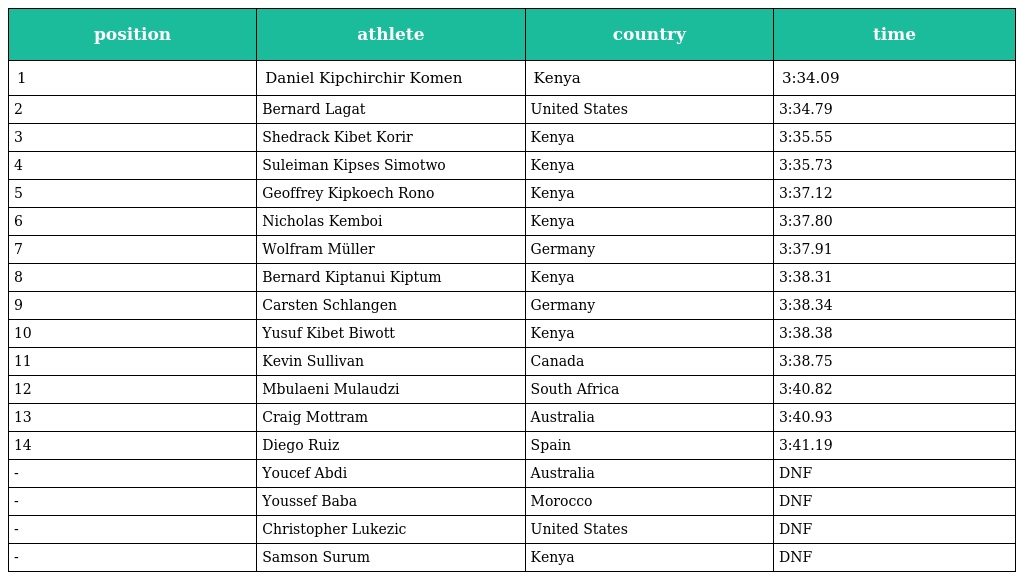
| position | athlete | country | time |
 | --- | --- | --- | --- |
 | 1 | Daniel Kipchirchir Komen | Kenya | 3:34.09 |
 | 2 | Bernard Lagat | United States | 3:34.79 |
 | 3 | Shedrack Kibet Korir | Kenya | 3:35.55 |
 | 4 | Suleiman Kipses Simotwo | Kenya | 3:35.73 |
 | 5 | Geoffrey Kipkoech Rono | Kenya | 3:37.12 |
 | 6 | Nicholas Kemboi | Kenya | 3:37.80 |
 | 7 | Wolfram Müller | Germany | 3:37.91 |
 | 8 | Bernard Kiptanui Kiptum | Kenya | 3:38.31 |
 | 9 | Carsten Schlangen | Germany | 3:38.34 |
 | 10 | Yusuf Kibet Biwott | Kenya | 3:38.38 |
 | 11 | Kevin Sullivan | Canada | 3:38.75 |
 | 12 | Mbulaeni Mulaudzi | South Africa | 3:40.82 |
 | 13 | Craig Mottram | Australia | 3:40.93 |
 | 14 | Diego Ruiz | Spain | 3:41.19 |
 | - | Youcef Abdi | Australia | DNF |
 | - | Youssef Baba | Morocco | DNF |
 | - | Christopher Lukezic | United States | DNF |
 | - | Samson Surum | Kenya | DNF |